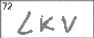
Transcription: LKV